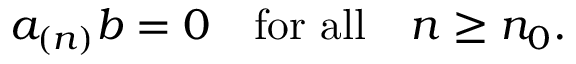
a _ { ( n ) } b = 0 \quad \mathrm { f o r ~ a l l } \quad n \geq n _ { 0 } .